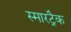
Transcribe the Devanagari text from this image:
स्मारट्रैक